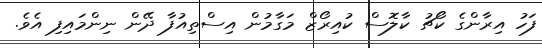
ފަހު އިރާންގެ ކޯޗު ކާލޮސް ކުއިރޯޒް މަގާމުން އިސްތިއުފާ ދޭން ނިންމައިފި އެވެ.